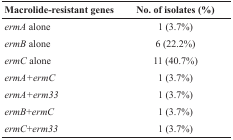
| Macrolide-resistant genes | No. of isolates (%) |
 | --- | --- |
 | ermA alone | 1 (3.7%) |
 | ermB alone | 6 (22.2%) |
 | ermC alone | 11 (40.7%) |
 | ermA+ermC | 1 (3.7%) |
 | ermA+erm33 | 1 (3.7%) |
 | ermB+ermC | 1 (3.7%) |
 | ermC+erm33 | 1 (3.7%) |